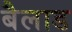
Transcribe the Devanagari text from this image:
बैलाड